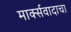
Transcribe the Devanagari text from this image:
मार्क्‍सवादाचा